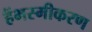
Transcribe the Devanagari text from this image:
हैंभस्मीकरण